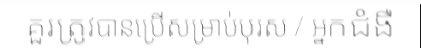
គួរត្រូវបានប្រើសម្រាប់បុរស / អ្នកជំងឺ